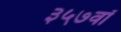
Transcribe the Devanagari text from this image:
३५७वॉ